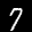
Label: 7